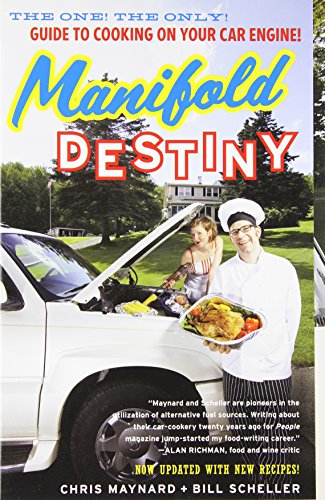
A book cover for Manifold Destiny: The One! The Only! Guide to Cooking on Your Car Engine!; Chris Maynard; Humor & Entertainment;